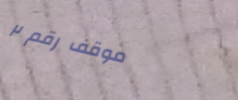
موقف رقم ٢